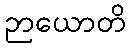
ဉာယောတိ